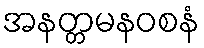
အနတ္တမနဝစနံ